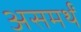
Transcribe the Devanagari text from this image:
असमर्थं